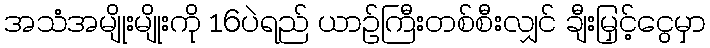
အသံအမျိုးမျိုးကို 16ပဲရည် ယာဉ်ကြီးတစ်စီးလျှင် ချီးမြှင့်ငွေမှာ